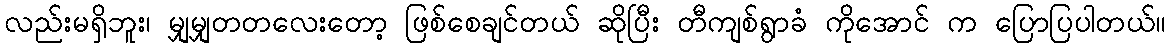
လည်းမရှိဘူး၊ မျှမျှတတလေးတော့ ဖြစ်စေချင်တယ် ဆိုပြီး တီကျစ်ရွာခံ ကိုအောင် က ပြောပြပါတယ်။